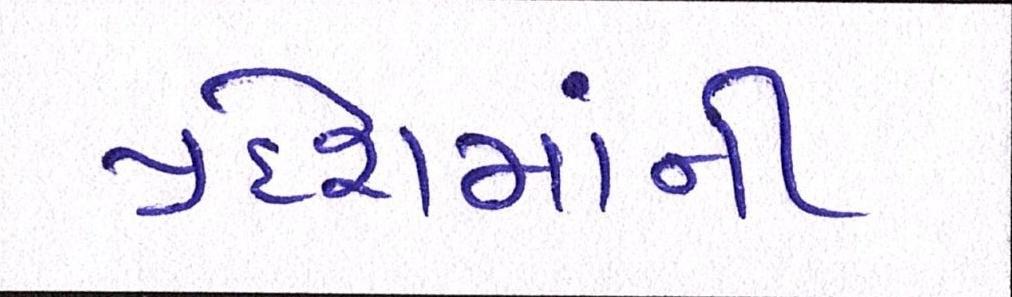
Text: પ્રદેશમાંની